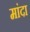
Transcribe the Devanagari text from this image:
मांदा